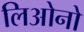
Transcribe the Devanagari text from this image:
लिओनो